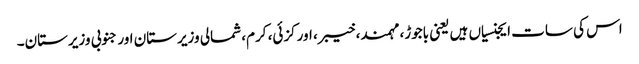
اس کی سات ایجنسیاں ہیں یعنی باجوڑ، مہمند، خیبر، اورکزئی، کرم، شمالی وزیرستان اور جنوبی وزیرستان۔